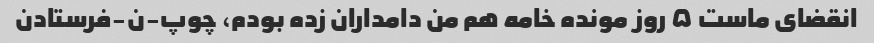
انقضای ماست ۵ روز مونده خامه هم من دامداران زده بودم، چوپ-ن-فرستادن